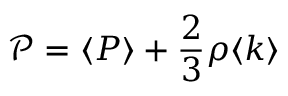
\mathcal { P } = \langle { P } \rangle + \frac { 2 } { 3 } \rho \langle k \rangle